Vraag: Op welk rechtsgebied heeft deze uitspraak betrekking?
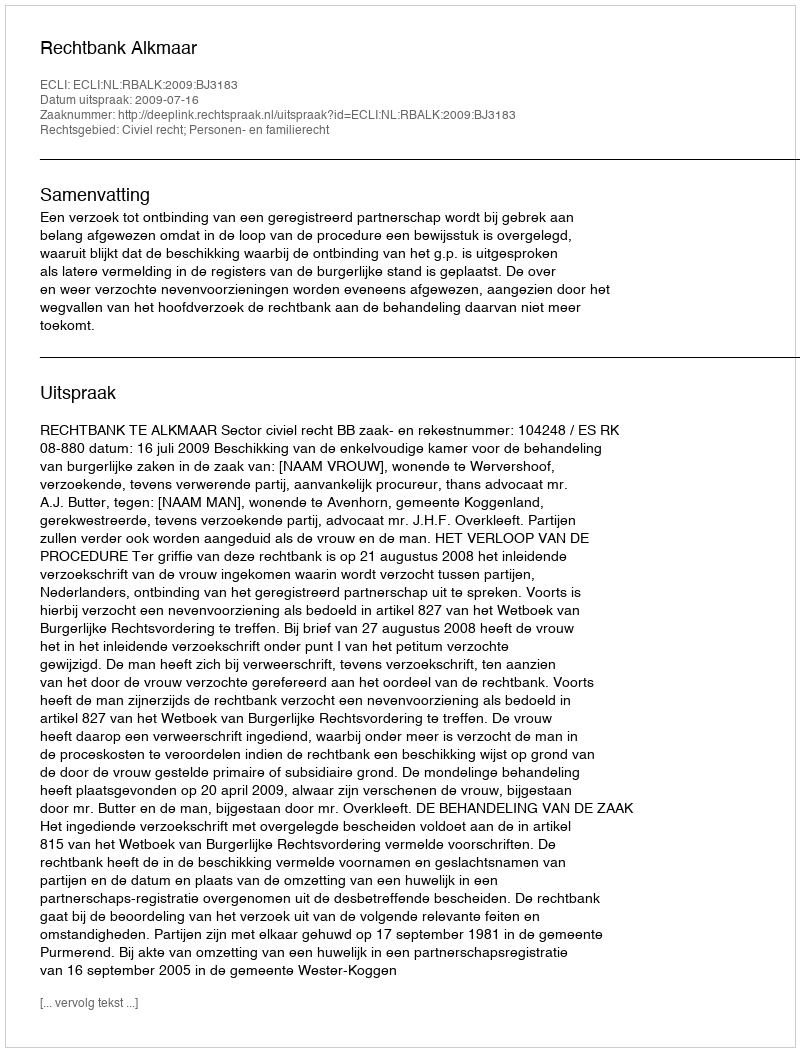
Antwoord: Civiel recht; Personen- en familierecht